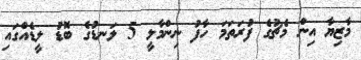
މާޒިޔާ އިން މެޗުގެ ފުރަތަމަ ހާފު ނިންމާލީ 5 ލަނޑުގެ ބޮޑު ލީޑެއްގައި